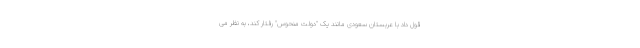
قول داد با عربستان سعودی مانند یک "دولت منحوس" رفتار کند، به نظر می